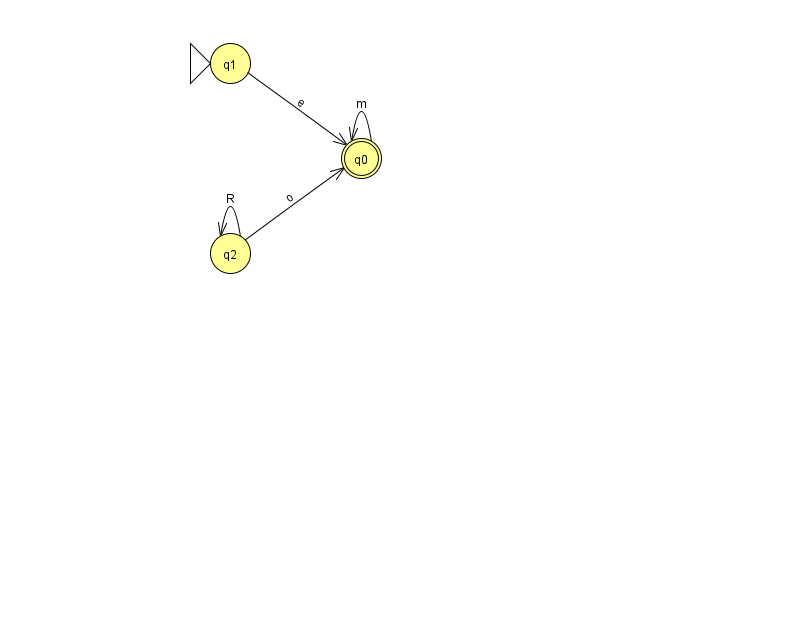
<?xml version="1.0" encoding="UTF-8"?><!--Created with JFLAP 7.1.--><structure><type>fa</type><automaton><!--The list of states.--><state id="0" name="q0"><x>361.0</x><y>145.0</y><final/></state><state id="1" name="q1"><x>230.0</x><y>50.0</y><initial/></state><state id="2" name="q2"><x>230.0</x><y>240.0</y></state><!--The list of transitions.--><transition><from>2</from><to>2</to><read>R</read></transition><transition><from>1</from><to>0</to><read>e</read></transition><transition><from>2</from><to>0</to><read>o</read></transition><transition><from>0</from><to>0</to><read>m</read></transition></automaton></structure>